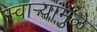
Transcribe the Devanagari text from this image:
स्वाऱ्यांमुळे